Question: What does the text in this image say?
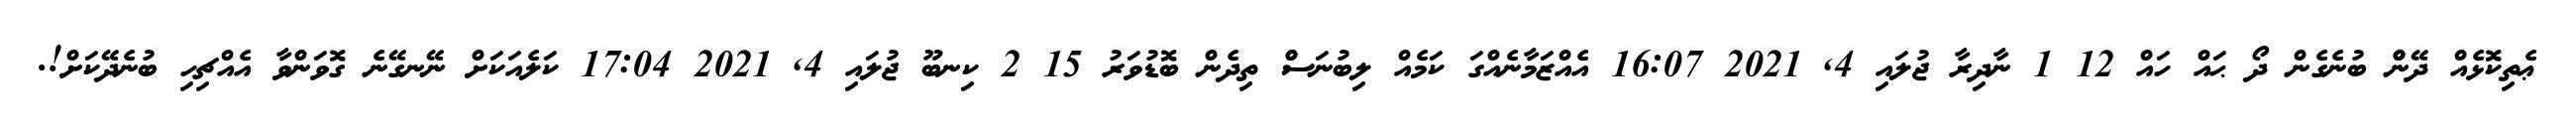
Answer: ޢެތިކޮޅެއް ދޭންް ބުނެގެން ދޯ ޙައް ހައް 12 1 ނާދިރާ ޖުލައި 4, 2021 16:07 އެއްޒަމާނެއްގަ ކަމެއް ލިބުނަސްް ތިދެން ބޮޑުވަރު 15 2 ކިނބޫ ޖުލައި 4, 2021 17:04 ކަލެއަކަށް ނޭނގޭނެ ގޮވަންވާ އެއްޗިހި ބުނެދޭކަށް!.